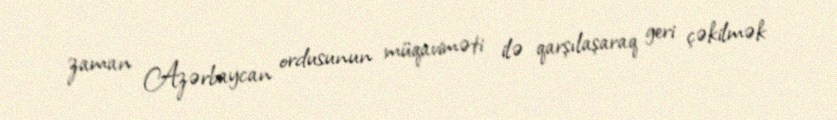
zaman Azərbaycan ordusunun müqaviməti ilə qarşılaşaraq geri çəkilmək